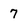
Character: 7